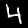
Digit: 4